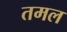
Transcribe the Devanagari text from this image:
तमल